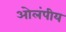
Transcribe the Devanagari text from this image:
ओलंपीय